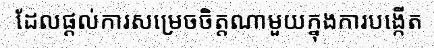
ដែលផ្តល់ការសម្រេចចិត្តណាមួយក្នុងការបង្កើត